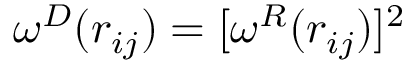
\omega ^ { D } ( r _ { i j } ) = [ \omega ^ { R } ( r _ { i j } ) ] ^ { 2 }